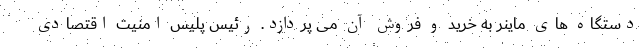
دستگاه های ماینر به خرید و فروش آن می پردازد. رئیس پلیس امنیت اقتصادی